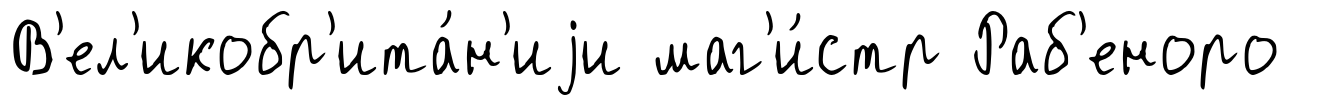
В'ел'икобр'ита́н'иjи маг'и́стр Раб'еноро